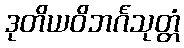
ဒုတိယဝိဘင်္ဂသုတ္တံ